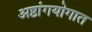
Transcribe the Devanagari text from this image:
अष्टांगयोगात